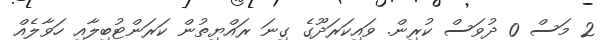
2 މަސް 0 ދުވަސް ކުރިން. ވައިކަރަދޫގެ ގިނަ ރައްޔިތުން ކަރަންޓުބިލާއި ހަވާލެއް